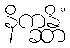
နိက္ခန္တိံ